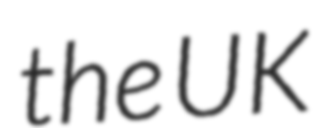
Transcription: the UK